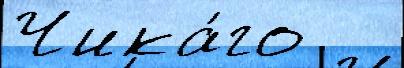
Чика́го